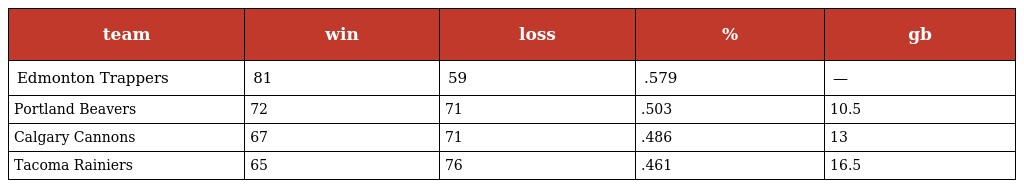
| team | win | loss | % | gb |
 | --- | --- | --- | --- | --- |
 | Edmonton Trappers | 81 | 59 | .579 | — |
 | Portland Beavers | 72 | 71 | .503 | 10.5 |
 | Calgary Cannons | 67 | 71 | .486 | 13 |
 | Tacoma Rainiers | 65 | 76 | .461 | 16.5 |